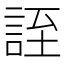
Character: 誈